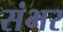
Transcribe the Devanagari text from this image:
संभर